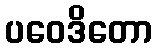
ပဝေဒိတော